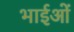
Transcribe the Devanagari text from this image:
भाईओं